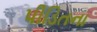
પીડિતના